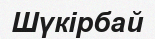
Шүкірбай